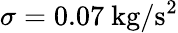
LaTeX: \sigma=0.07~{\textrm{kg}}/{\textrm{s}^{2}}